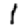
Digit: 1